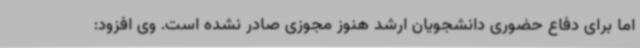
اما برای دفاع حضوری دانشجویان ارشد هنوز مجوزی صادر نشده است. وی افزود: